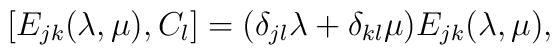
[ E_{j k}(\lambda, \mu), { C}_l ] = (\delta_{j l}\lambda + \delta_{k l}\mu)  E_{j k}(\lambda, \mu), \nonumber